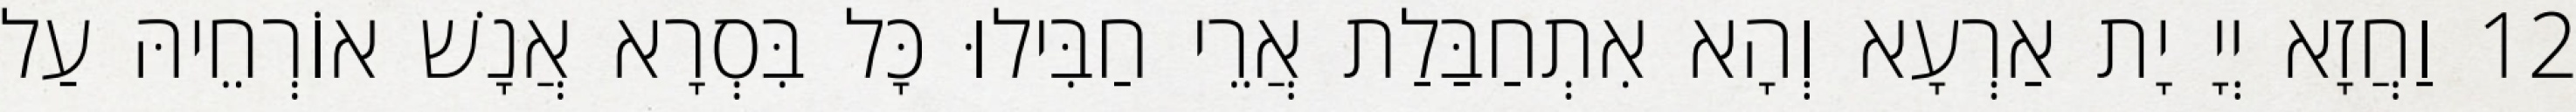
12 וַחֲזָא יְיָ יָת אַרְעָא וְהָא אִתְחַבַּלַת אֲרֵי חַבִּילוּ כָּל בִּסְרָא אֲנָשׁ אוֹרְחֵיהּ עַל